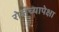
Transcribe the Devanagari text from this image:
रोजच्यापेक्षा